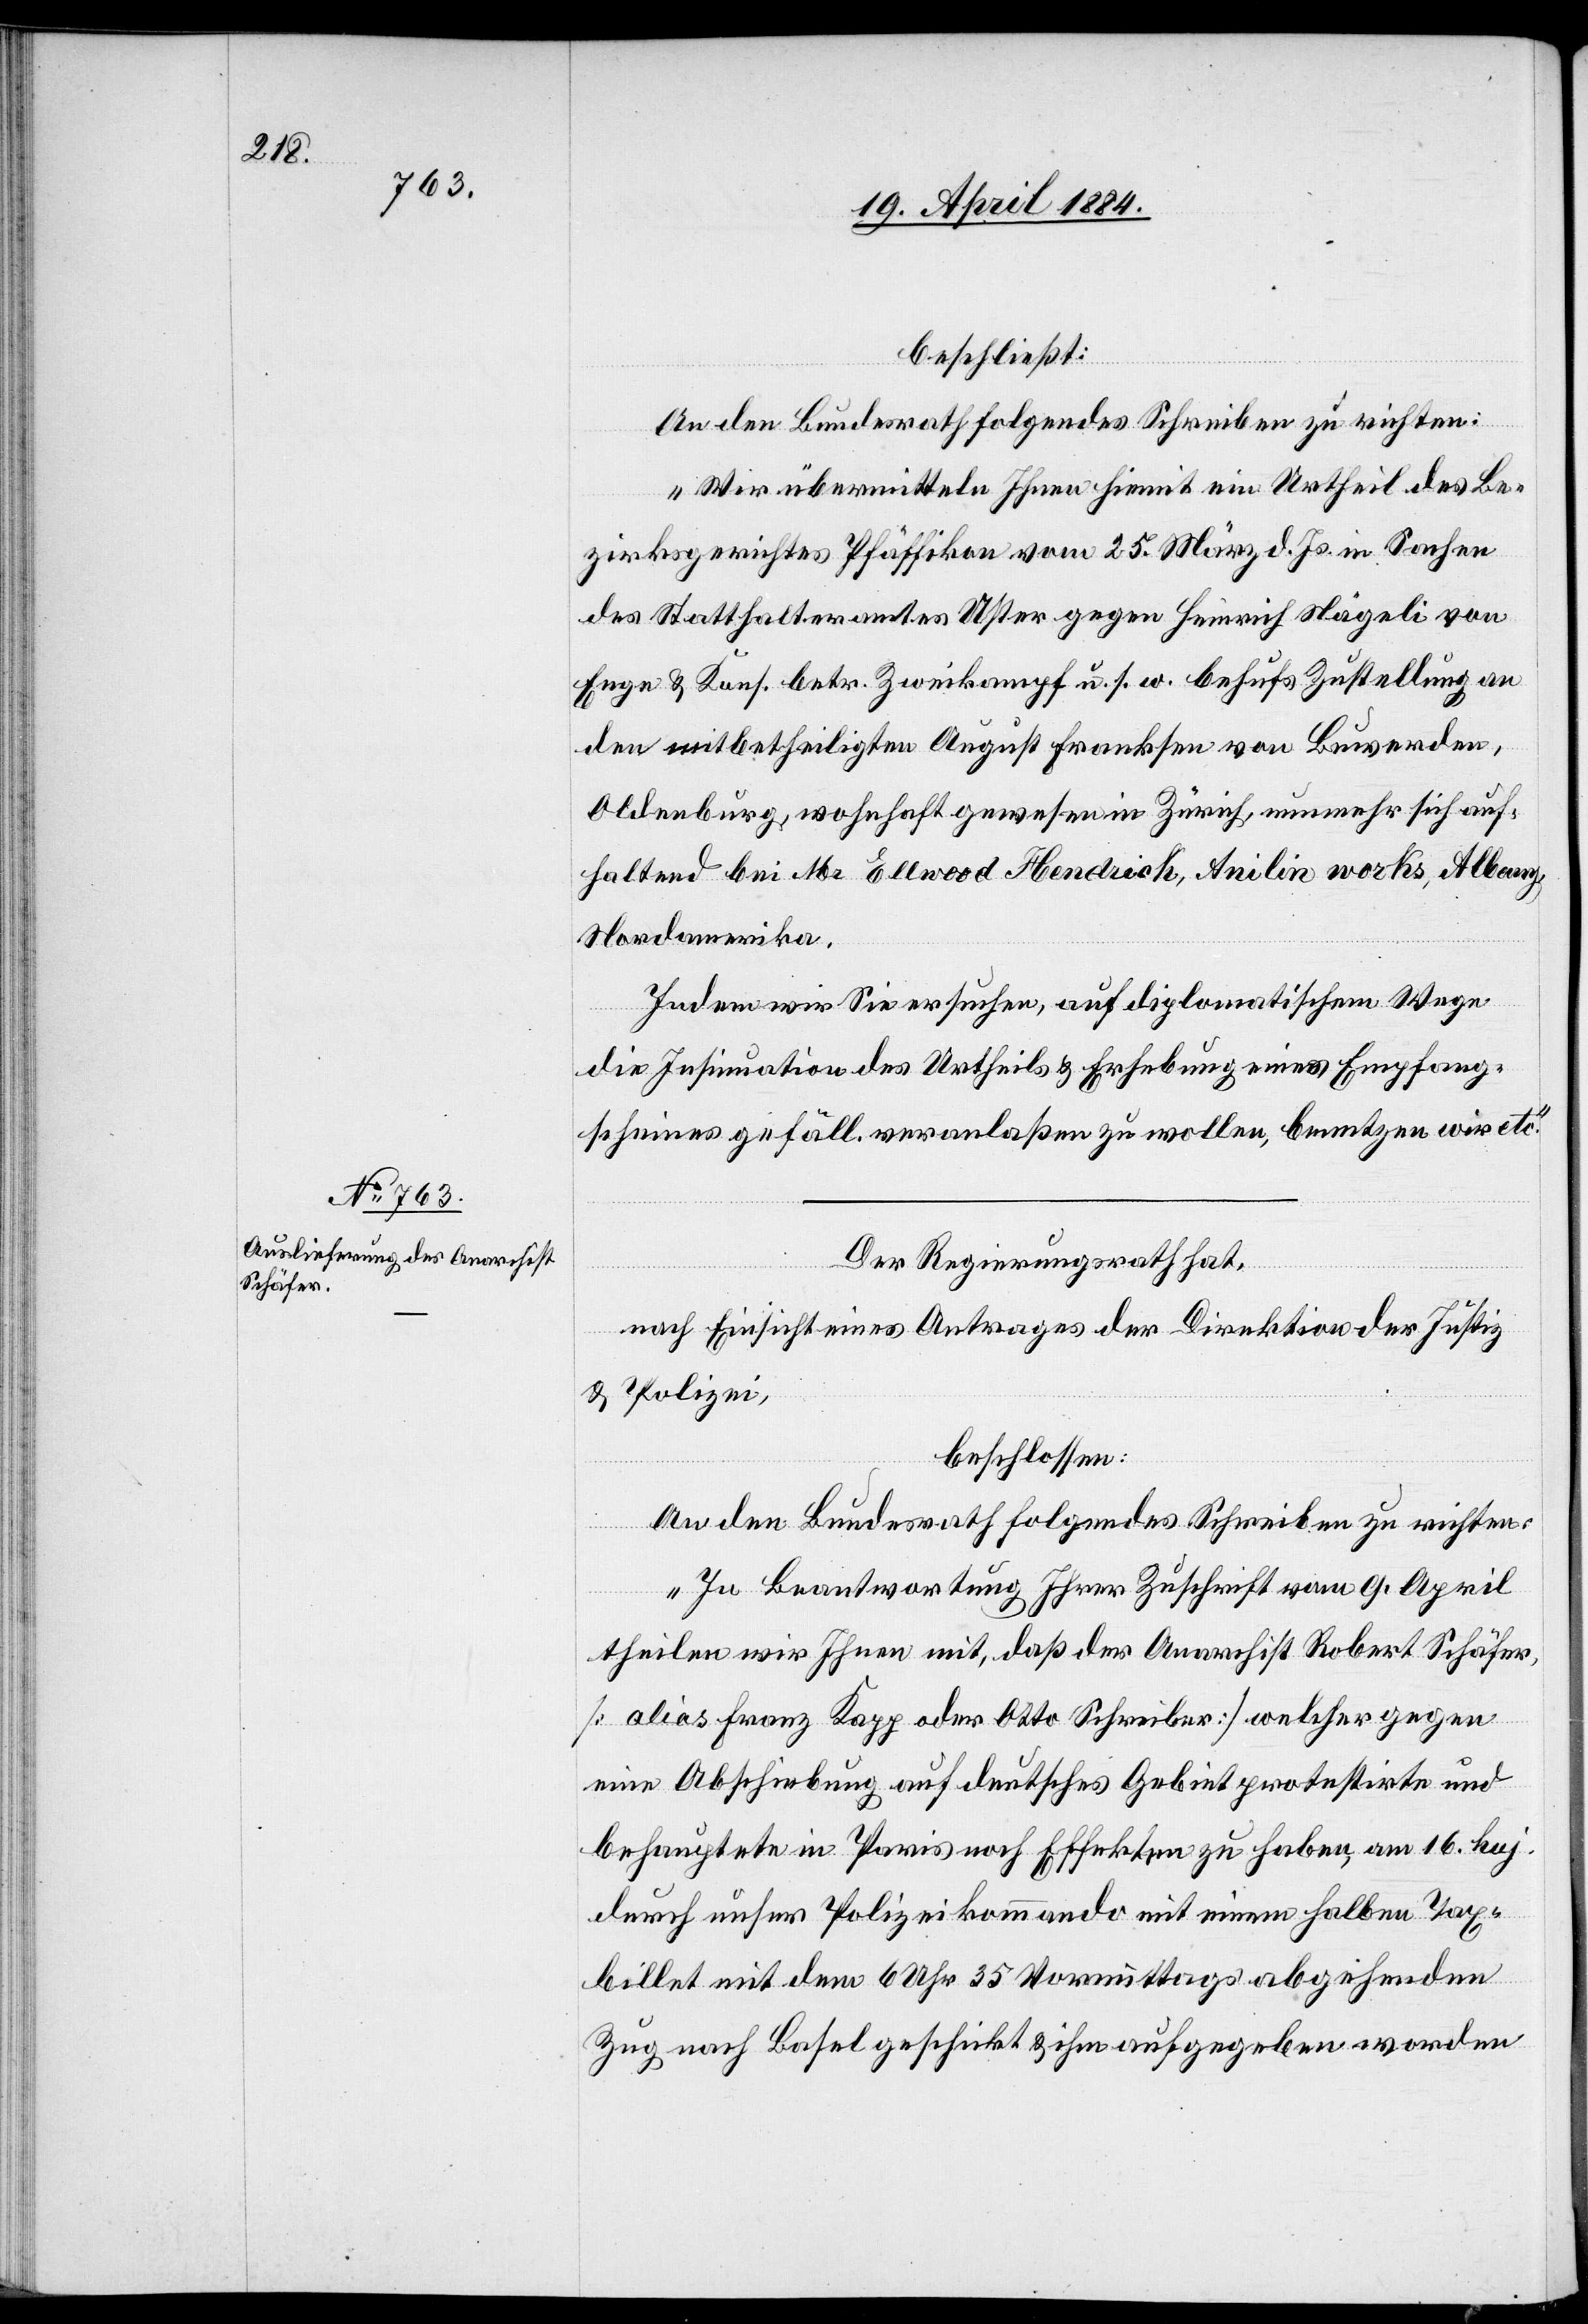
beschließt:
An den Bundesrath folgendes Schreiben zu richten:
„Wir übermitteln Ihnen hiemit ein Urtheil des Be¬
zirksgerichtes Pfäffikon vom 25. März d. Js. in Sachen
des Statthalteramtes Uster gegen Heinrich Nägeli von
Enge & Kons. betr. Zweikampf u. s. w. behufs Zustellung an
den mitbetheiligten August Franksen von Buverden,
Oldenburg, wohnhaft gewesen in Zürich, nunmehr sich auf¬
haltend bei Mr. Ellwood Hendrick, Anilin works, Albany,
Nordamerika.
Indem wir Sie ersuchen, auf diplomatischem Wege
die Insinuation des Urtheils & Erhebung eines Empfang¬
scheines gefäll. veranlaßen zu wollen, benutzen wir etc.“
Der Regierungsrath hat,
nach Einsicht eines Antrages der Direktion der Justiz
& Polizei,
beschlossen:
An den Bundesrath folgendes Schreiben zu richten:
„In Beantwortung Ihrer Zuschrift vom 9. April
theilen wir Ihnen mit, daß der Anarchist Robert Schäfer
[alias Franz Dapp oder Otto Schreiber] welcher gegen
eine Abschiebung auf deutsches Gebiet protestirte und
behauptete in Paris noch Effekten zu haben, am 16. huj.
durch unser Polizeikommando mit einem halben Tax¬
billet mit dem 6 Uhr 35 Vormittags abgehenden
Zug nach Basel geschickt & ihm aufgegeben worden